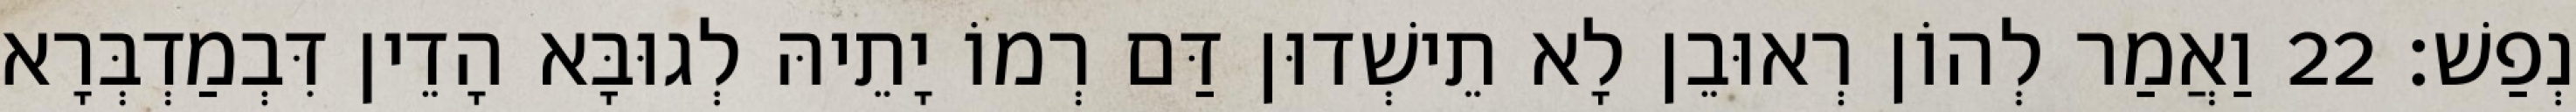
נְפַשׁ׃ 22 וַאֲמַר לְהוֹן רְאוּבֵן לָא תֵישְׁדוּן דַּם רְמוֹ יָתֵיהּ לְגוּבָּא הָדֵין דִּבְמַדְבְּרָא